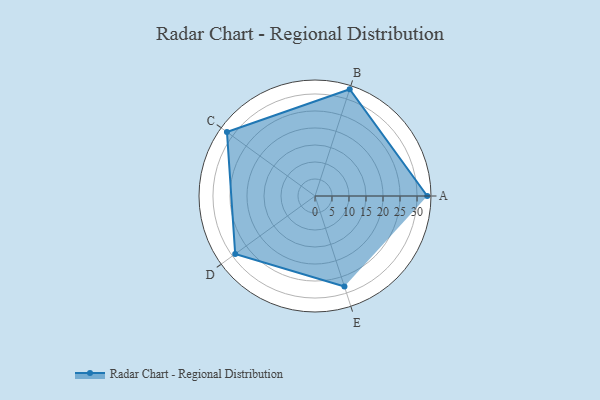
{"axis": {"x": "Skill", "y": "Score"}, "legend": ["Profile"], "data": [{"x": "A", "y": 33.0, "type": "Profile"}, {"x": "B", "y": 33.0, "type": "Profile"}, {"x": "C", "y": 32.0, "type": "Profile"}, {"x": "D", "y": 29.0, "type": "Profile"}, {"x": "E", "y": 28.0, "type": "Profile"}]}